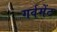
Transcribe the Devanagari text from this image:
गर्वमेंट